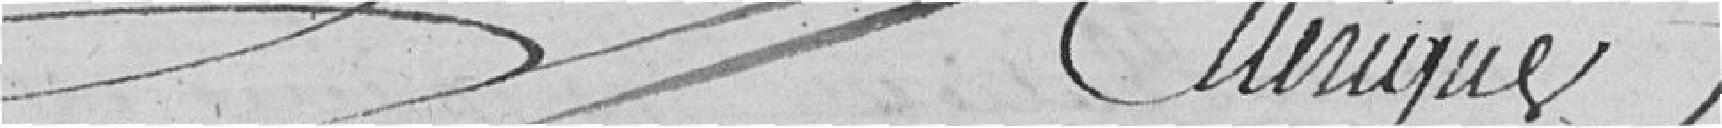
Eunique